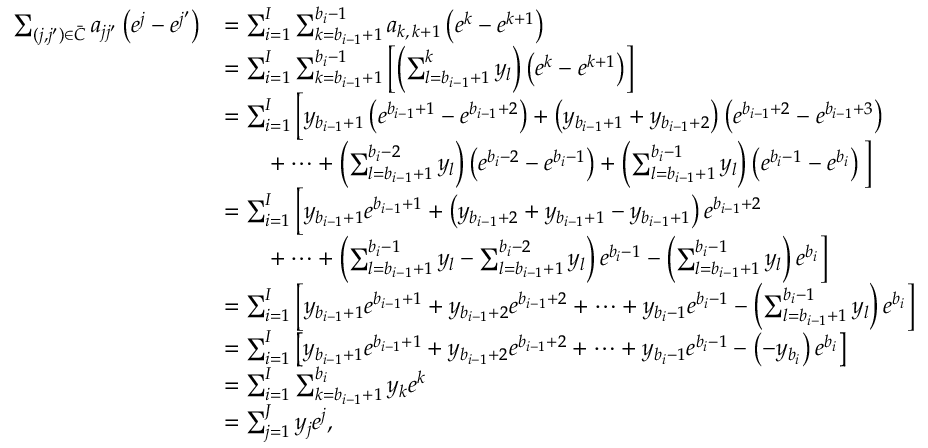
\begin{array} { r l } { \sum _ { ( j , j ^ { \prime } ) \in \bar { C } } a _ { j j ^ { \prime } } \left( e ^ { j } - e ^ { j ^ { \prime } } \right) } & { = \sum _ { i = 1 } ^ { I } \sum _ { k = b _ { i - 1 } + 1 } ^ { b _ { i } - 1 } a _ { k , \, k + 1 } \left( e ^ { k } - e ^ { k + 1 } \right) } \\ & { = \sum _ { i = 1 } ^ { I } \sum _ { k = b _ { i - 1 } + 1 } ^ { b _ { i } - 1 } \left[ \left( \sum _ { l = b _ { i - 1 } + 1 } ^ { k } y _ { l } \right) \left( e ^ { k } - e ^ { k + 1 } \right) \right] } \\ & { = \sum _ { i = 1 } ^ { I } \Big [ y _ { b _ { i - 1 } + 1 } \left( e ^ { b _ { i - 1 } + 1 } - e ^ { b _ { i - 1 } + 2 } \right) + \left( y _ { b _ { i - 1 } + 1 } + y _ { b _ { i - 1 } + 2 } \right) \left( e ^ { b _ { i - 1 } + 2 } - e ^ { b _ { i - 1 } + 3 } \right) } \\ & { \qquad + \cdots + \left( \sum _ { l = b _ { i - 1 } + 1 } ^ { b _ { i } - 2 } y _ { l } \right) \left( e ^ { b _ { i } - 2 } - e ^ { b _ { i } - 1 } \right) + \left( \sum _ { l = b _ { i - 1 } + 1 } ^ { b _ { i } - 1 } y _ { l } \right) \left( e ^ { b _ { i } - 1 } - e ^ { b _ { i } } \right) \Big ] } \\ & { = \sum _ { i = 1 } ^ { I } \Big [ y _ { b _ { i - 1 } + 1 } e ^ { b _ { i - 1 } + 1 } + \left( y _ { b _ { i - 1 } + 2 } + y _ { b _ { i - 1 } + 1 } - y _ { b _ { i - 1 } + 1 } \right) e ^ { b _ { i - 1 } + 2 } } \\ & { \qquad + \cdots + \left( \sum _ { l = b _ { i - 1 } + 1 } ^ { b _ { i } - 1 } y _ { l } - \sum _ { l = b _ { i - 1 } + 1 } ^ { b _ { i } - 2 } y _ { l } \right) e ^ { b _ { i } - 1 } - \left( \sum _ { l = b _ { i - 1 } + 1 } ^ { b _ { i } - 1 } y _ { l } \right) e ^ { b _ { i } } \Big ] } \\ & { = \sum _ { i = 1 } ^ { I } \left[ y _ { b _ { i - 1 } + 1 } e ^ { b _ { i - 1 } + 1 } + y _ { b _ { i - 1 } + 2 } e ^ { b _ { i - 1 } + 2 } + \cdots + y _ { b _ { i } - 1 } e ^ { b _ { i } - 1 } - \left( \sum _ { l = b _ { i - 1 } + 1 } ^ { b _ { i } - 1 } y _ { l } \right) e ^ { b _ { i } } \right] } \\ & { = \sum _ { i = 1 } ^ { I } \left[ y _ { b _ { i - 1 } + 1 } e ^ { b _ { i - 1 } + 1 } + y _ { b _ { i - 1 } + 2 } e ^ { b _ { i - 1 } + 2 } + \cdots + y _ { b _ { i } - 1 } e ^ { b _ { i } - 1 } - \left( - y _ { b _ { i } } \right) e ^ { b _ { i } } \right] } \\ & { = \sum _ { i = 1 } ^ { I } \sum _ { k = b _ { i - 1 } + 1 } ^ { b _ { i } } y _ { k } e ^ { k } } \\ & { = \sum _ { j = 1 } ^ { J } y _ { j } e ^ { j } , } \end{array}